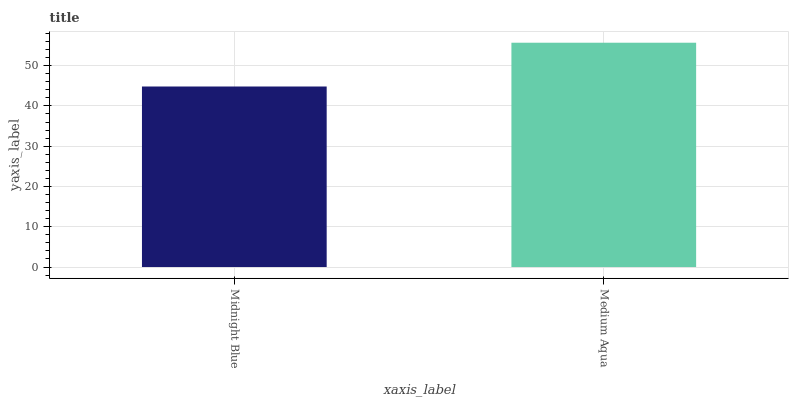
| xaxis_label | bars |
 | --- | --- |
 | Midnight Blue | 44.8 |
 | Medium Aqua | 55.7 |